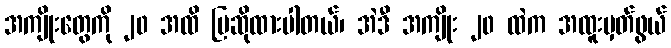
အကျိုးတွေကို ၂၀ အထိ ပြဆိုထားပါတယ်၊ အဲဒီ အကျိုး ၂၀ ထဲက အထူးမှတ်ဖွယ်